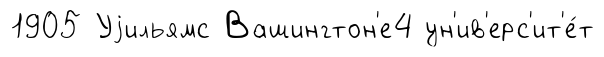
1905 Уjильямс Вашингтон'е4 ун'ив'ерс'ит'е́т